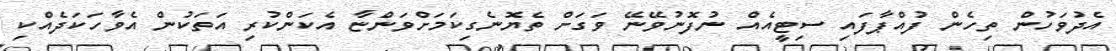
އެދުވަހުން ތިހެން ފުއްޕާފައި ސިޓީއެއް ނުފޮނުވޭނޭ ވަގަށް ތެޔޮނެގިކަމަށްވަންޏާ އެކަންކުރި އަތަކުން އެވާހަކަދެއްކި